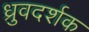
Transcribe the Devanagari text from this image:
ध्रुवदर्शक